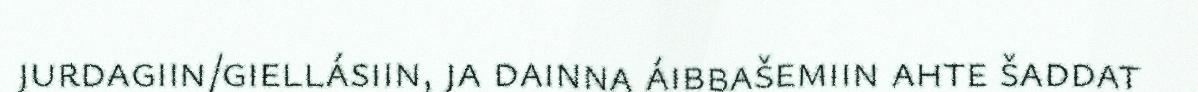
jurdagiin/giellásiin, ja dainna áibbašemiin ahte šaddat